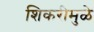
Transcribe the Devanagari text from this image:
शिकरीमुळे